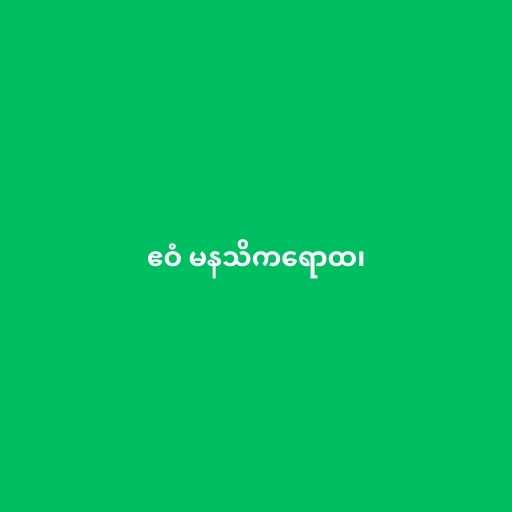
ဧဝံ မနသိကရောထ၊